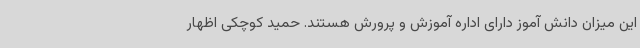
این میزان دانش آموز دارای اداره آموزش و پرورش هستند. حمید کوچکی اظهار